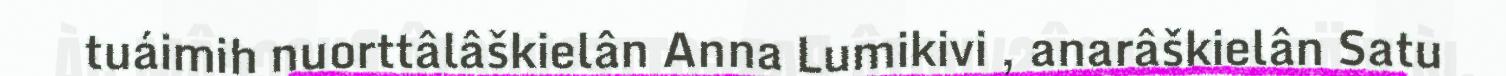
tuáimih nuorttâlâškielân Anna Lumikivi , anarâškielân Satu